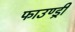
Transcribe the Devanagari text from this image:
फाउण्ड्री